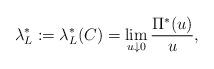
LaTeX: \begin{align*}\lambda_L^*:=\lambda_L^*(C)= \lim_{u \downarrow 0} {\Pi^*(u)\over u},\end{align*}